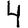
Digit: 4